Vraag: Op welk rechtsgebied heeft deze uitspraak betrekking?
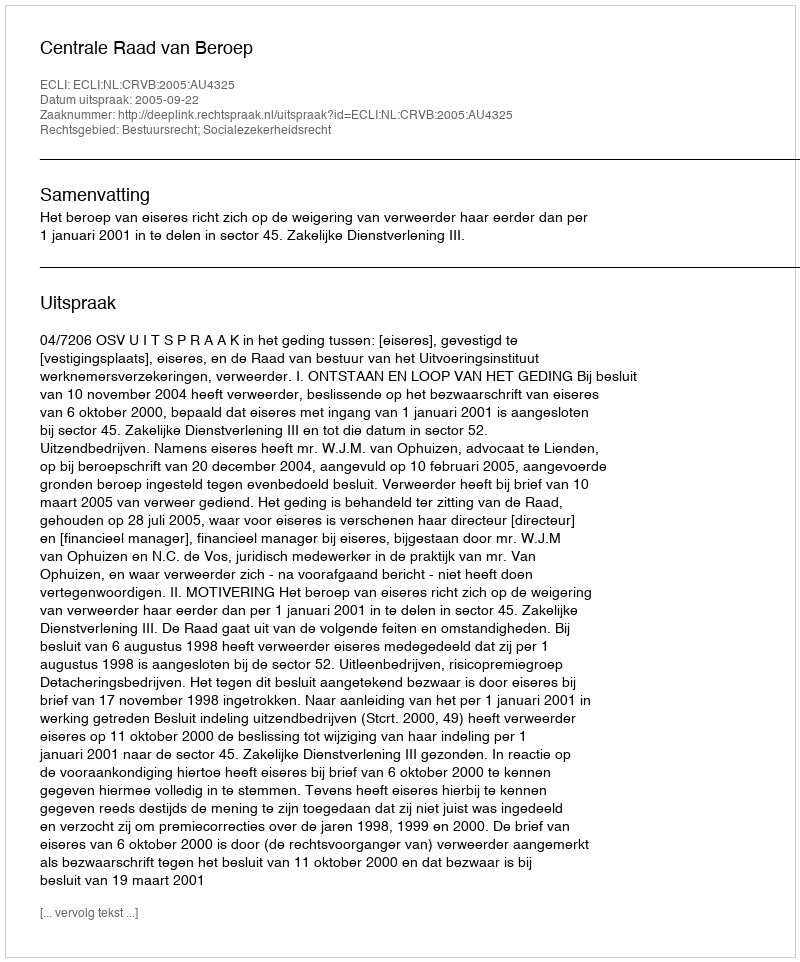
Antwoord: Bestuursrecht; Socialezekerheidsrecht